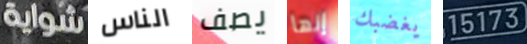
شواية الناس يصف إنها يغضبك 15173